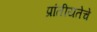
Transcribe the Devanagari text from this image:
प्रांतीयतेचे